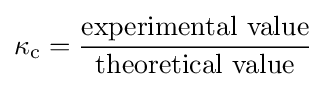
\kappa _{\text{c}}={\frac {\text{experimental value}}{\text{theoretical value}}}